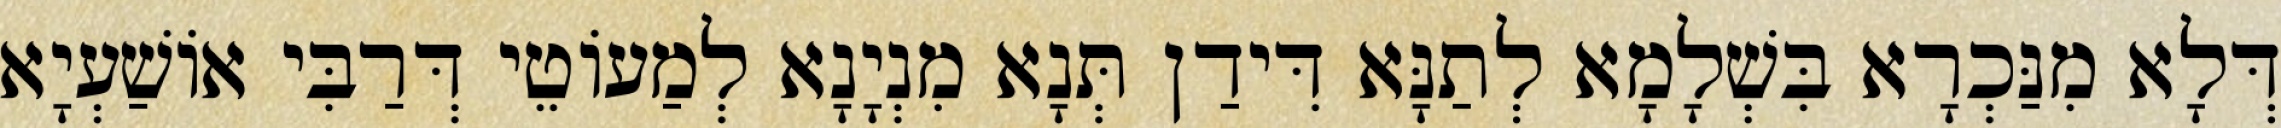
דְּלָא מִנַּכְרָא בִּשְׁלָמָא לְתַנָּא דִּידַן תְּנָא מִנְיָנָא לְמַעוֹטֵי דְּרַבִּי אוֹשַׁעְיָא